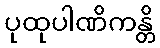
ပုထုပါဏိကန္တိ